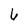
Character: 6